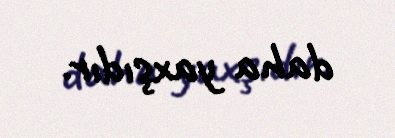
daha yaxşıdır.